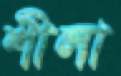
শীলা